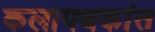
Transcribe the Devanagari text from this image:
कलापथकांत